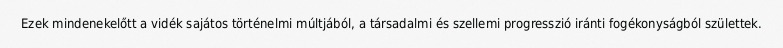
Ezek mindenekelőtt a vidék sajátos történelmi múltjából, a társadalmi és szellemi progresszió iránti fogékonyságból születtek.